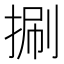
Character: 𢯍